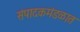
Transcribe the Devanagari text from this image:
संपादकमंडळात